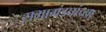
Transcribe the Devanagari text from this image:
सभामंडपांच्या